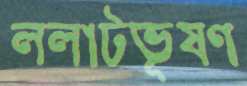
ললাটভূষণ